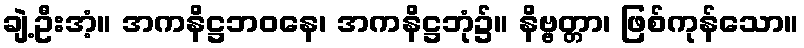
ချဲ့ဦးအံ့။ အကနိဋ္ဌဘဝနေ၊ အကနိဋ္ဌဘုံ၌။ နိဗ္ဗတ္တာ၊ ဖြစ်ကုန်သော။